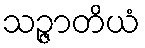
သဉ္ဇာတိယံ